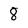
Character: 8